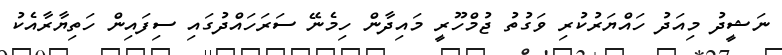
ނަޝީދު މިއަދު ހައްޔަރުކުރި ވަގުތު ޖުމްހޫރީ މައިދާން ހިމެނޭ ސަރަހައްދުގައި ސިފައިން ހަތިޔާރާއެކު